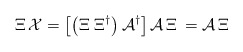
\begin{align*}\Xi\,{\cal X}=\left[\left(\Xi\;\Xi^{\dagger}\right){\cal A}^{\dagger}\right]{\cal A}\,\Xi\,={\cal A}\,\Xi\end{align*}